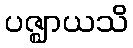
ပဇ္ဈာယသိ